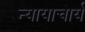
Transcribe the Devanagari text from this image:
न्यायाचार्य